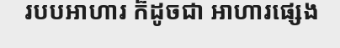
របបអាហារ ក៏ដូចជា អាហារផ្សេង